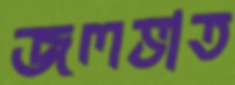
জলভাত